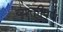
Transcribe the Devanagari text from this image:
व्यक्तीपण